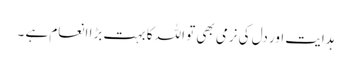
ہدایت اور دل کی نرمی بھی تو اللہ کا بہت بڑا انعام ہے ۔